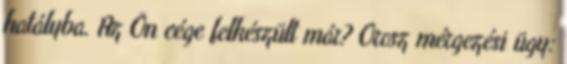
hatályba. Az Ön cége felkészült már? Orosz mérgezési ügy: